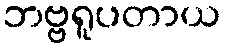
ဘဗ္ဗရူပတာယ